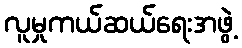
လူမှုကယ်ဆယ်ရေးအဖွဲ့